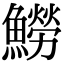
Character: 䲏